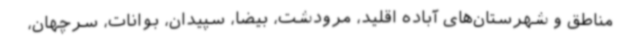
مناطق و شهرستان‌های آباده اقلید، مرودشت، بیضا، سپیدان، بوانات، سرچهان،